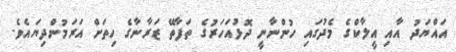
އައްޔަދު އާއި އީލާކްގެ މެދުގައި ހުންނާނީ ދޮޅުއަހަރުގެ ތަފާތޭ ޒަރާނާގެ ހިތަށް އަރަމުންދިޔައެވެ.